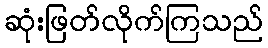
ဆုံးဖြတ်လိုက်ကြသည်